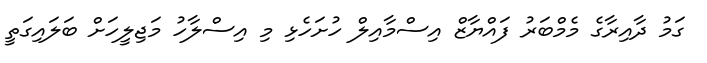
ގަމު ދާއިރާގެ މެމްބަރު ފައްޔާޒް އިސްމާއިލް ހުށަހެޅި މި އިސްލާހު މަޖިލީހަށް ބަލައިގަތީ